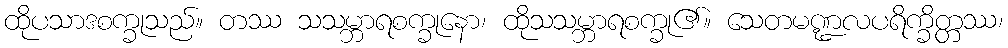
ထိုပသာဒစက္ခုသည်။ တဿ သသမ္ဘာရစက္ခုနော၊ ထိုသသမ္ဘာရစက္ခု၏။ သေတမဏ္ဍလပရိက္ခိတ္တဿ၊